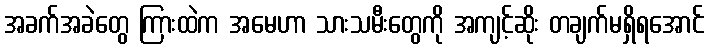
အခက်အခဲတွေ ကြားထဲက အမေဟာ သားသမီးတွေကို အကျင့်ဆိုး တချက်မရှိရအောင်